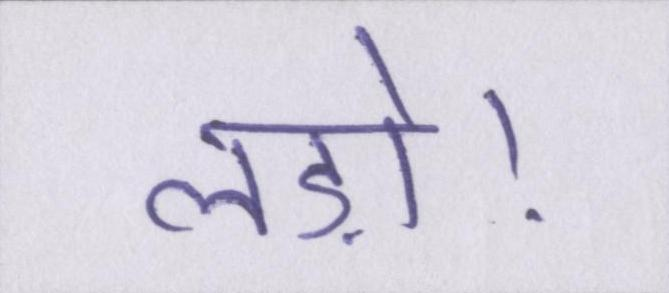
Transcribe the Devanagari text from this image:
लड़ो।